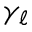
\gamma _ { \ell }